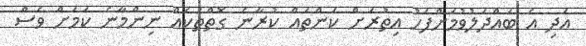
އަދި އެ ބައްދަލުވުމަށްފަހު އިތުރަށް ކަންތައް ކުރާނެ ގޮތްތަކެއް ނިންމާނެ ކަމަށް ވެސް